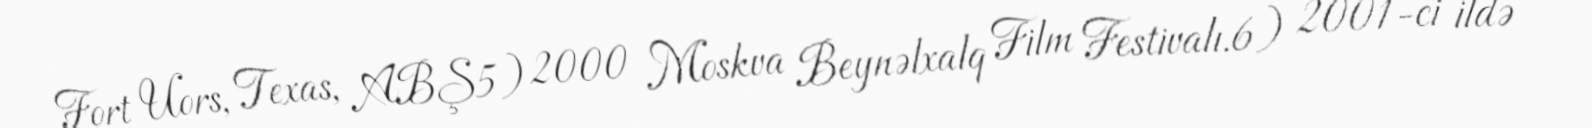
Fort Uors, Texas, ABŞ5) 2000 Moskva Beynəlxalq Film Festivalı.6) 2001-ci ildə